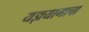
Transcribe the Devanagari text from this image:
यज्ञयागाचा